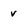
Character: v